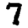
Digit: 7